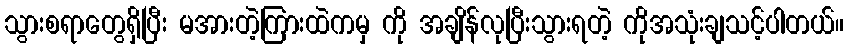
သွားစရာတွေရှိပြီး မအားတဲ့ကြားထဲကမှ ကို အချိန်လုပြီးသွားရတဲ့ ကိုအသုံးချသင့်ပါတယ်။